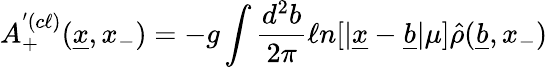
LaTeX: A_{+}^{^\prime(c\ell)}(\underline{{{x}}},x_{-})=-g\int{\frac{d^{2}b}{2\pi}}\ell n[\vert\underline{{{x}}}-\underline{{{b}}}\vert\mu]\hat{\rho}(\underline{{{b}}},x_{-})